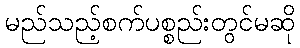
မည်သည့်စက်ပစ္စည်းတွင်မဆို